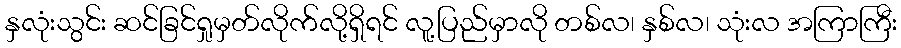
နှလုံးသွင်း ဆင်ခြင်ရှုမှတ်လိုက်လို့ရှိရင် လူ့ပြည်မှာလို တစ်လ၊ နှစ်လ၊ သုံးလ အကြာကြီး